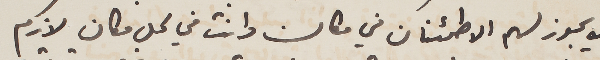
لا يجوز لهم الأطمئنان في مكان وانت في كل مكان لازم